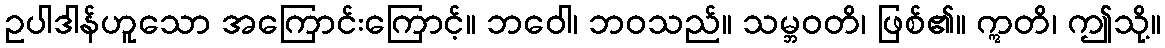
ဥပါဒါန်ဟူသော အကြောင်းကြောင့်။ ဘဝေါ၊ ဘဝသည်။ သမ္ဘဝတိ၊ ဖြစ်၏။ ဣတိ၊ ဤသို့။